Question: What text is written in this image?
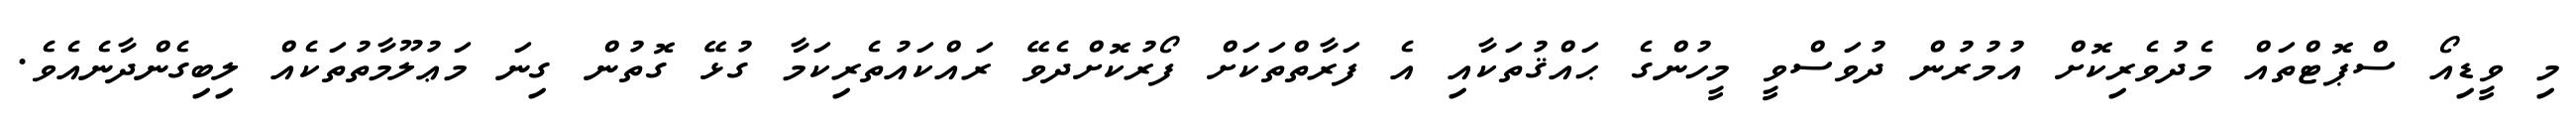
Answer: މި ވީޑިއޯ ސްޕޮޓްތައް މެދުވެރިކޮށް އުމުރުން ދުވަސްވީ މީހުންގެ ޙައްޤުތަކާއި އެ ފަރާތްތަކަށް ފޯރުކޮށްދެވޭ ރައްކައުތެރިކަމާ ގުޅޭ ގޮތުން ގިނަ މަޢުލޫމާތުތަކެއް ލިބިގެންދާނެއެވެ.